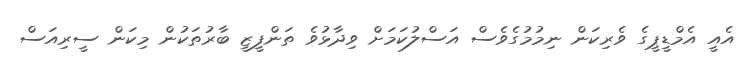
އެއީ އެމްޑީޕީގެ ވެރިކަން ނިމުމުގެވެސް އަސްލުކަމަށް ވިދާޅުވެ ތަންފީޒީ ބާރުތަކުން މިކަން ސީރިއަސް